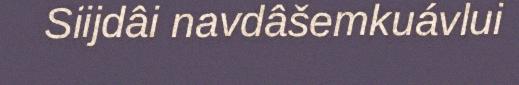
Siijdâi navdâšemkuávlui